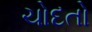
ચોદતો